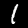
Label: 1